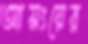
আসংয়ের